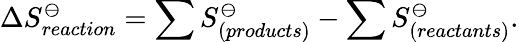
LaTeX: \Delta S_{reaction}^{\ominus}=\sum S_{(products)}^{\ominus}-\sum S_{(reactants)}^{\ominus}.